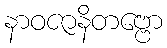
နာဝဇာနိတဗ္ဗော